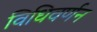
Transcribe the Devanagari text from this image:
विधिवर्णन